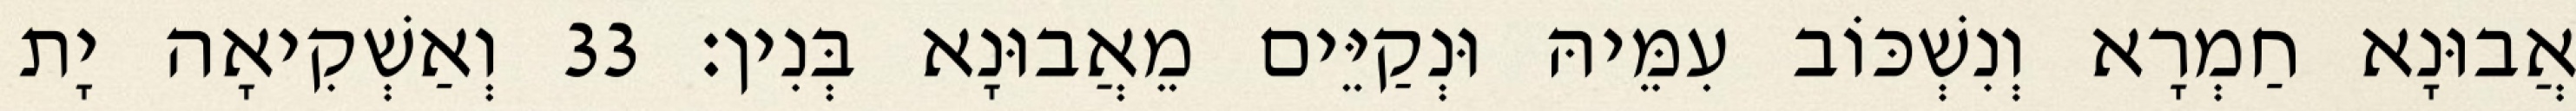
אֲבוּנָא חַמְרָא וְנִשְׁכּוֹב עִמֵּיהּ וּנְקַיֵּים מֵאֲבוּנָא בְּנִין׃ 33 וְאַשְׁקִיאָה יָת